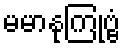
မမာနုကြုဗ္ဗံ